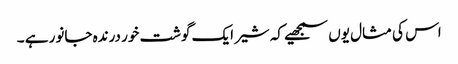
اس کی مثال یوں سمجھیے کہ شیر ایک گوشت خور درندہ جانور ہے ۔